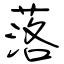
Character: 落